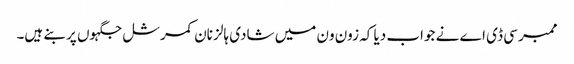
ممبر سی ڈی اے نے جواب دیا کہ زون ون میں شادی ہالز نان کمرشل جگہوں پر بنے ہیں۔